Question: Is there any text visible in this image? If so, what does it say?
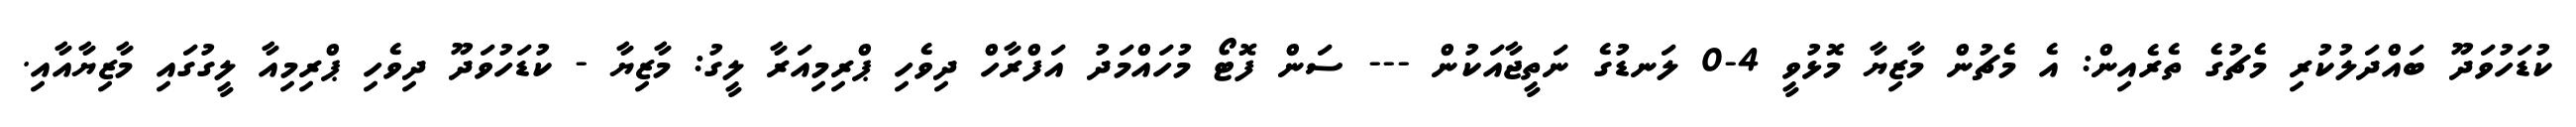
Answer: ކުޑަހުވަދޫ ބައްދަލުކުރި މެޗުގެ ތެރެއިން: އެ މެޗުން މާޒިޔާ މޮޅުވީ 4-0 ލަނޑުގެ ނަތީޖާއަކުން --- ސަން ފޮޓޯ މުހައްމަދު އަފްރާހް ދިވެހި ޕްރިމިއަރާ ލީގު: މާޒިޔާ - ކުޑަހުވަދޫ ދިވެހި ޕްރިމިއާ ލީގުގައި މާޒިޔާއާއި.